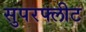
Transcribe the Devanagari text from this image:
सुपरफ्लीट